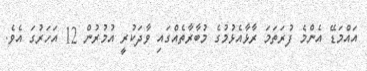
އައްމަޑޭ އެންމެ ފުރަތަމަ ރާޅާއެޅުމުގެ މުބާރާތެއްގައި ވާދަކުރީ އުމުރުން 12 އަހަރުގަ އެވެ.